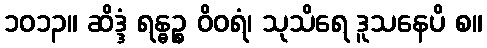
၁၀၁၃။ ဆိဒ္ဒံ ရန္ဓဉ္စ ဝိဝရံ၊ သုသိရေ ဒူသနေပိ စ။